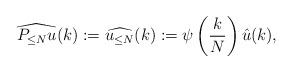
LaTeX: \begin{align*}\widehat{P_{\leq N} u}(k) := \widehat{u_{\leq N}}(k) := \psi\left(\frac{k}{N}\right) \hat{u}(k), \end{align*}